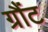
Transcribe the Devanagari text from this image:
ग्रौंट